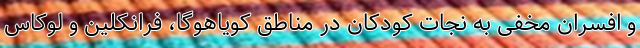
و افسران مخفی به نجات کودکان در مناطق کویاهوگا،‌ فرانکلین و لوکاس